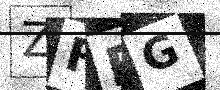
Text: ZFFG